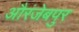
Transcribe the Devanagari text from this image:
औरंजेबपुर